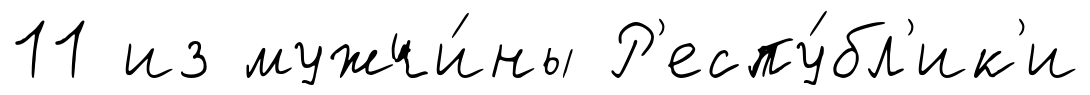
11 из мужчи́ны Р'еспу́бл'ик'и